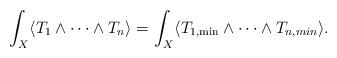
LaTeX: \begin{align*}\int_X \langle T_1\wedge \cdots \wedge T_n\rangle =\int_X \langle T_{1,\min}\wedge \cdots \wedge T_{n,min}\rangle.\end{align*}